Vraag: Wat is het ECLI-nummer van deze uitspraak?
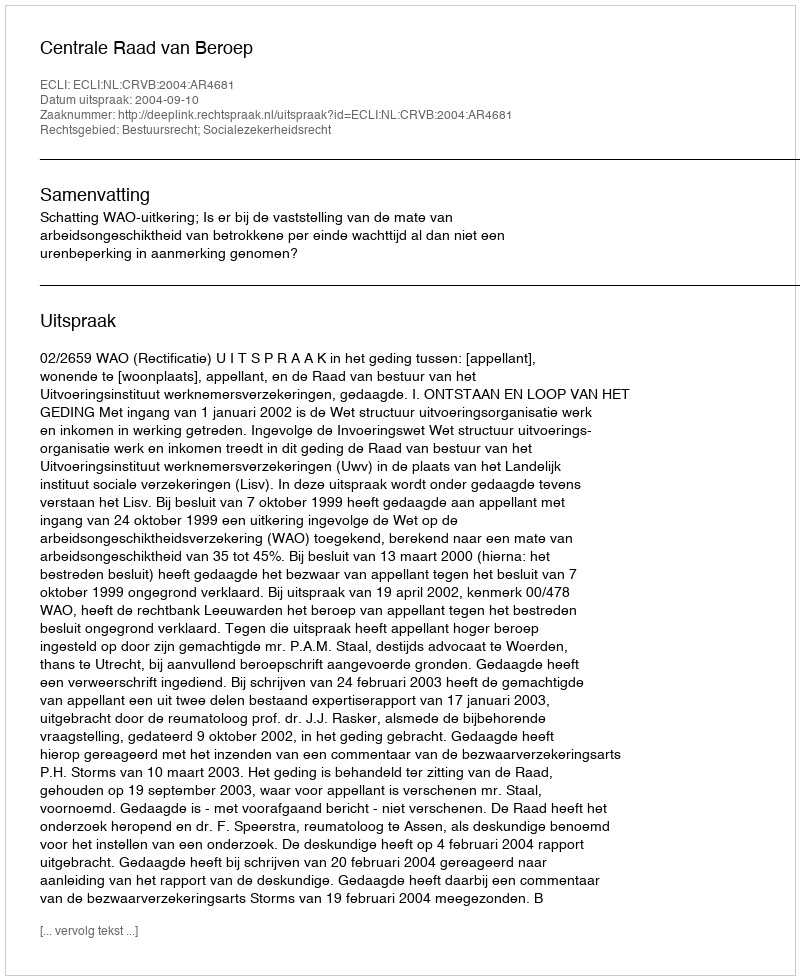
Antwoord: ECLI:NL:CRVB:2004:AR4681